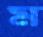
ম